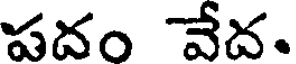
పదం వేద.